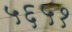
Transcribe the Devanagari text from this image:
५६५१